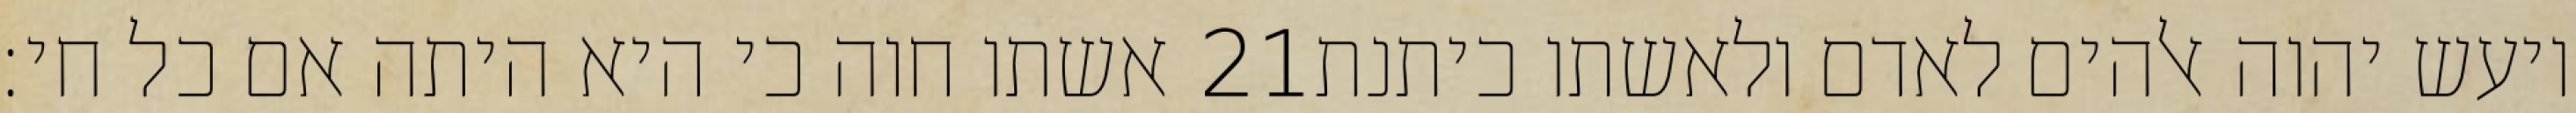
אשתו חוה כי היא היתה אם כל חי׃ ‎21‏ ויעש יהוה אלהים לאדם ולאשתו כיתנת